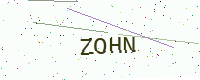
Text: ZOHN